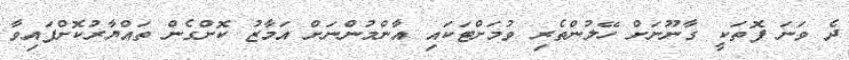
ދެ ވަނަ ފޮތަކީ ގާނޫނަށް ހޭލުންތެރި ވުމަށްޓަކައި އާންމުންނަށް އަމާޒު ކޮށްގެން ތައްޔާރުކޮށްފައިވާ